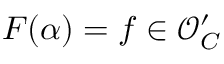
F ( \alpha ) = f \in { \mathcal { O } } _ { C } ^ { \prime }